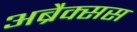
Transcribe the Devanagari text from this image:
अब्रैक्सस